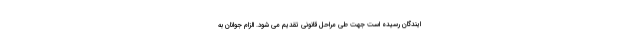
ایندگان رسیده است جهت طی مراحل قانونی تقدیم می شود. الزام جوانان به